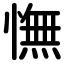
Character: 憮